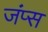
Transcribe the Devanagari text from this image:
जंप्स